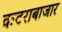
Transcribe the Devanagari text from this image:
कटराबाजार